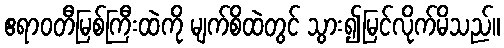
ဧရာဝတီမြစ်ကြီးထဲကို မျက်စိထဲတွင် သွား၍မြင်လိုက်မိသည်။